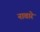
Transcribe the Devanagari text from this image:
नावारे